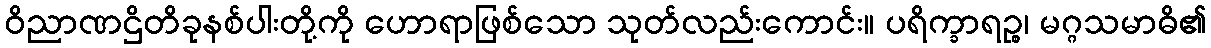
ဝိညာဏဌိတိခုနစ်ပါးတို့ကို ဟောရာဖြစ်သော သုတ်လည်းကောင်း။ ပရိက္ခာရဉ္စ၊ မဂ္ဂသမာဓိ၏